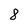
Character: 8